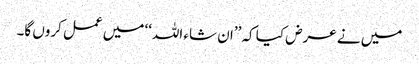
میں نے عرض کیا کہ ’’ان شاء اللہ‘‘ میں عمل کروں گا۔